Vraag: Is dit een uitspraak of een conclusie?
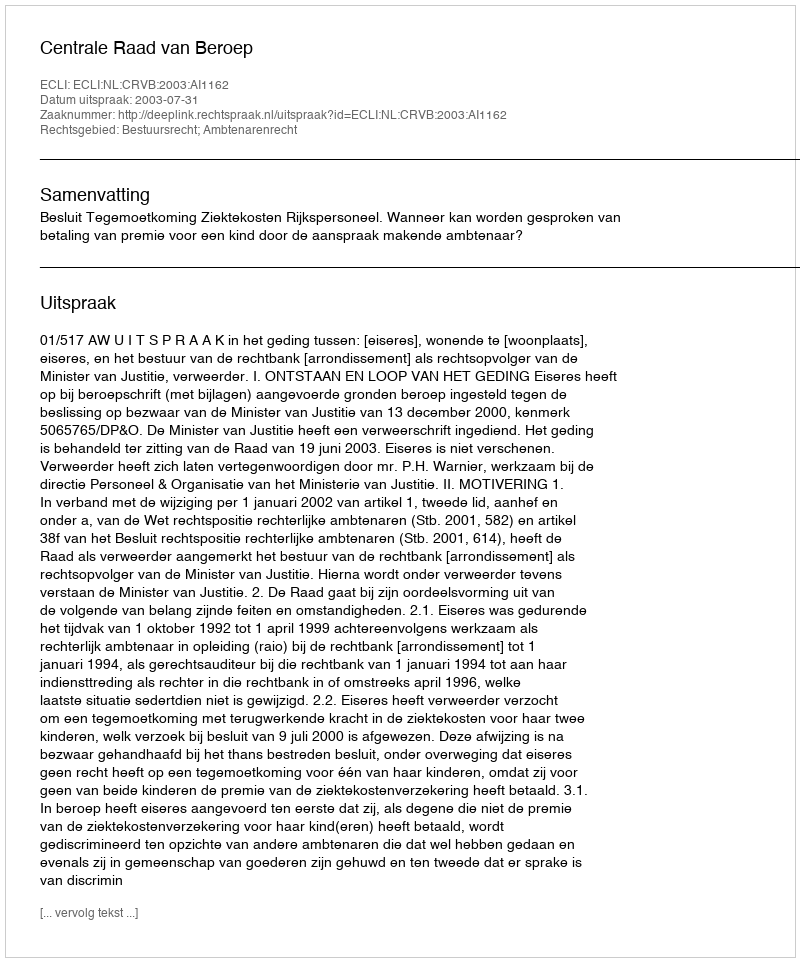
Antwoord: Uitspraak